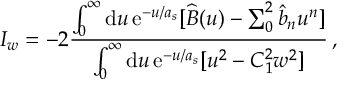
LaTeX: I _ { w } = - 2 { \frac { \int _ { 0 } ^ { \infty } \mathrm { d } u \, \mathrm { e } ^ { - u / a _ { s } } [ \widehat B ( u ) - \sum _ { 0 } ^ { 2 } \hat { b } _ { n } u ^ { n } ] } { \int _ { 0 } ^ { \infty } \mathrm { d } u \, \mathrm { e } ^ { - u / a _ { s } } [ u ^ { 2 } - C _ { 1 } ^ { 2 } w ^ { 2 } ] } } \, ,